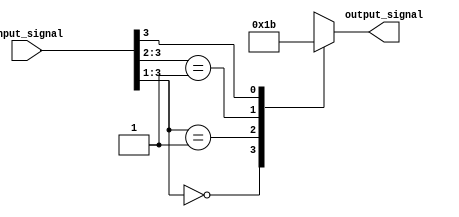
module casez_example (
    input [3:0] input_signal,
    output reg [1:0] output_signal
);

always @* begin
    casez(input_signal)
        4'b000?: output_signal = 2'b00; // matching when input_signal is 000x
        4'b001?: output_signal = 2'b01; // matching when input_signal is 001x
        4'b01??: output_signal = 2'b10; // matching when input_signal is 01xx
        4'b1???: output_signal = 2'b11; // matching when input_signal is 1xxx
        default: output_signal = 2'b00; // default case
    endcase
end

endmodule